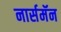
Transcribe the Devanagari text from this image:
नार्समॅन